system: You are a helpful assistant.
user:
Analyze the provided spectrum to determine if it is a **S-type Star**.

- **Key Indicators for S-type Star:**

    - **(Overall Spectrum Shape):** The first and most obvious characteristic is the overall continuum (the "baseline" shape). It is **extremely "red-sloping,"** meaning the flux (light intensity) is very low on the left side (blue, ~4000-4500 Å) and rises steeply and continuously toward the right side (red, ~7000 Å+).

    - **(Primary):** The spectrum is defined by the presence of strong, broad molecular absorption "valleys" (bands) from **Zirconium Oxide (ZrO)**. The identification of these bands is the **primary requirement** for classifying a star as S-type.
        - **(Key Bandheads):** You must find distinct, deep "dips" where the light has been absorbed. The most critical band systems to locate are:
            - **~6474 Å** ($\gamma$-system): This is often the strongest and clearest ZrO feature, found in the red part of the spectrum.
            - **~5718 Å** & **~5551 Å** ($\beta$-system): A pair of prominent absorption features in the yellow-orange part of the spectrum.
            - **~4640 Å** ($\alpha$-system): A key absorption band system in the blue-green region of the spectrum.

    - **(Secondary Confirmation):** The classification is strengthened by finding additional absorption bands from other related heavy element oxides, which are expected to be present alongside ZrO.
        - **(Key Bandheads):**
            - **Yttrium Oxide (YO):** Look for absorption dips near **~4800 Å** and **~6100 Å**.
            - **Lanthanum Oxide (LaO):** Additional absorption features, particularly in the red-orange part of the spectrum, are also characteristic.

    - **(Line Profile):** The combination of the steep red continuum and these numerous, deep molecular bands (ZrO, YO, etc.) gives the entire spectrum a very **"chopped-up"** or **"bumpy"** appearance. Instead of a smooth curve, the spectrum looks as though large, wide chunks of light have been "carved out" of it at the specific wavelengths listed above.

Think first, call **spectral_visualization_tool** if needed to examine features in detail, then provide your final answer. Your response must adhere to the following strict rules:
1.  **Overall Structure:** Your response must follow the format `<think>...</think> <tool_call>...</tool_call> (if a tool is used) <answer>...</answer>`.
2.  **Tool Usage Constraint:** You may only make **one** tool call per turn.
3.  **Final Answer Format:** In the `<answer>` tag, your conclusion must be inside a `\boxed{}` command (e.g., `\boxed{YES}` or `\boxed{NO}`), followed by your justification.

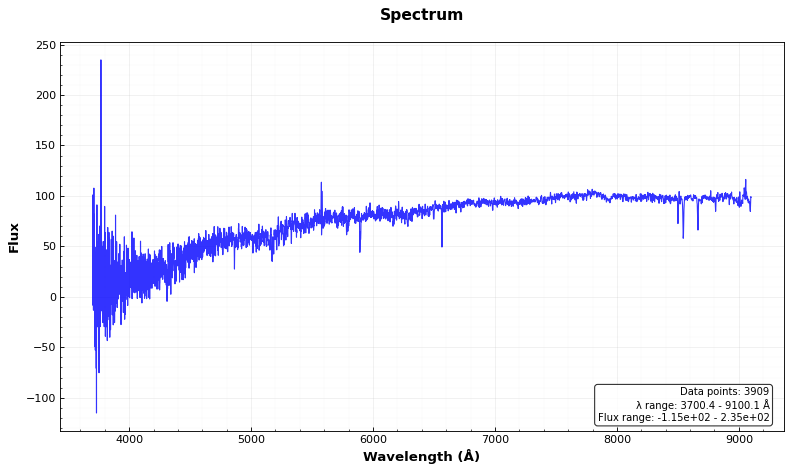
Answer: NO